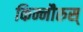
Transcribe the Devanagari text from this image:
किन्नौरुस्